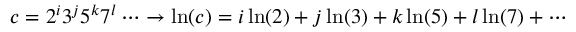
c = 2 ^ { i } 3 ^ { j } 5 ^ { k } 7 ^ { l } \cdots \rightarrow \ln ( c ) = i \ln ( 2 ) + j \ln ( 3 ) + k \ln ( 5 ) + l \ln ( 7 ) + \cdots